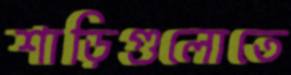
শাড়িগুলোতে